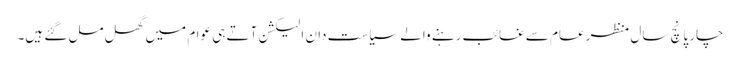
چار پانچ سال منظر عام سے غائب رہنے والے سیاست دان الیکشن آتے ہی عوام میں گھل مل گئے ہیں۔